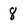
Character: 8